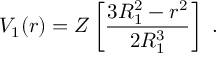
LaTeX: V _ { 1 } ( r ) = Z \left[ { \frac { 3 R _ { 1 } ^ { 2 } - r ^ { 2 } } { 2 R _ { 1 } ^ { 3 } } } \right] \ .